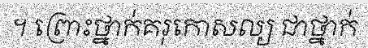
។ ព្រោះថ្នាក់គរុកោសល្យ ជាថ្នាក់